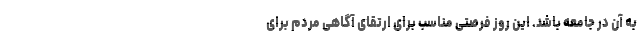
به آن در جامعه باشد. این روز فرصتی مناسب برای ارتقای آگاهی مردم برای